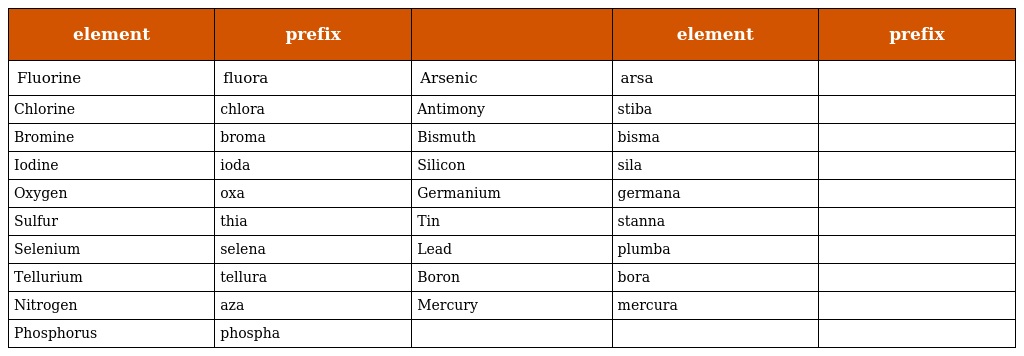
| element | prefix |  | element | prefix |
 | --- | --- | --- | --- | --- |
 | Fluorine | fluora | Arsenic | arsa |  |
 | Chlorine | chlora | Antimony | stiba |  |
 | Bromine | broma | Bismuth | bisma |  |
 | Iodine | ioda | Silicon | sila |  |
 | Oxygen | oxa | Germanium | germana |  |
 | Sulfur | thia | Tin | stanna |  |
 | Selenium | selena | Lead | plumba |  |
 | Tellurium | tellura | Boron | bora |  |
 | Nitrogen | aza | Mercury | mercura |  |
 | Phosphorus | phospha |  |  |  |